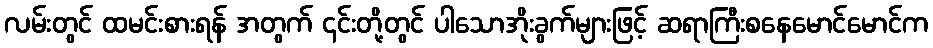
လမ်းတွင် ထမင်းစားရန် အတွက် ၎င်းတို့တွင် ပါသောအိုးခွက်များဖြင့် ဆရာကြီးစနေမောင်မောင်က